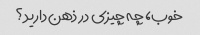
خوب، چه چیزی در ذهن دارید؟